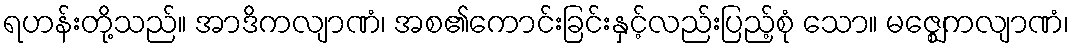
ရဟန်းတို့သည်။ အာဒိကလျာဏံ၊ အစ၏ကောင်းခြင်းနှင့်လည်းပြည့်စုံ သော။ မဇ္ဈေကလျာဏံ၊